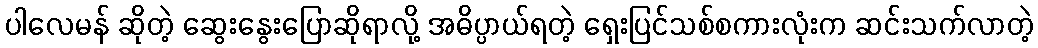
ပါလေမန် ဆိုတဲ့ ဆွေးနွေးပြောဆိုရာလို့ အဓိပ္ပာယ်ရတဲ့ ရှေးပြင်သစ်စကားလုံးက ဆင်းသက်လာတဲ့